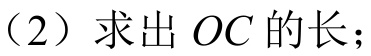
（2）求出\(OC\)的长；